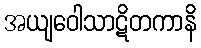
အယျဝေါသာဋိတကာနိ